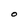
Character: O